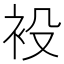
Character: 𧘣